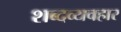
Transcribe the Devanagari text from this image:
शब्दव्यवहार